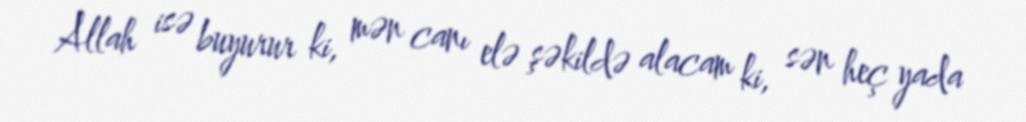
Allah isə buyurur ki, mən canı elə şəkildə alacam ki, sən heç yada